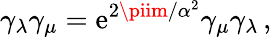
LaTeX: \gamma_{\lambda}\gamma_{\mu}=\mathrm{e}^{2\piim/\alpha^{2}}\gamma_{\mu}\gamma_{\lambda}\, ,